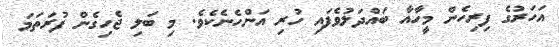
އަހަރުގެ ފިރިހެން މީހާއާ ބައްދަލުވެފައި ހުރި އަންހެނެކެވެ. މި ބަލި ޖެހިގެން ފުރަތަމަ